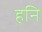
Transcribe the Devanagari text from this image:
हनि